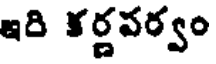
ఇది కర్ణపర్వం